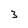
Character: 3